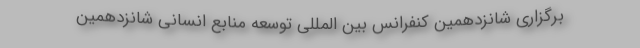
برگزاری شانزدهمین کنفرانس بین المللی توسعه منابع انسانی شانزدهمین